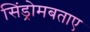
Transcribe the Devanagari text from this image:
सिंड्रोमबताए